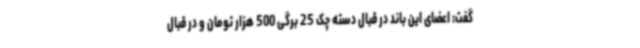
گفت: اعضای این باند در قبال دسته چک 25 برگی 500 هزار تومان و در قبال